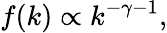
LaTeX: f(k)\propto k^{-\gamma-1},